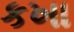
કખા